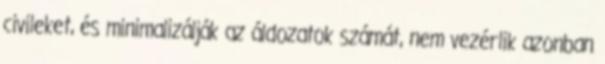
civileket, és minimalizálják az áldozatok számát, nem vezérlik azonban